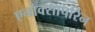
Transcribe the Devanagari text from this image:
एनोक्सापरिन